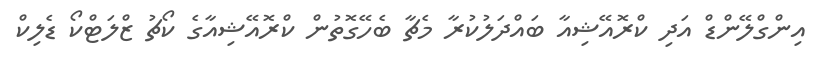
އިންގްލޭންޑް އަދި ކްރޮއޭޝިއާ ބައްދަލުކުރާ މެޗާ ބެހޭގޮތުން ކްރޮއޭޝިއާގެ ކޯޗު ޒްލަޓްކޯ ޑެލިކް